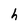
Character: h